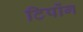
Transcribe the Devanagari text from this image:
टिपोंग